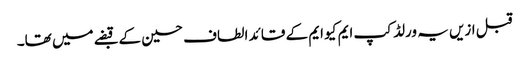
قبل ازیں یہ ورلڈ کپ ایم کیو ایم کے قائد الطاف حسین کے قبضے میں تھا۔